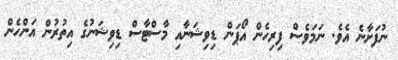
ނުފަށާނެ އެވެ. ނަމަވެސް ފިރިހެން އޯޕަން ޑިވިޝަނާއި މާސްޓާސް ޑިވިޝަނުގެ އިތުރުން އަންހެން